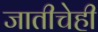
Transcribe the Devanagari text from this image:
जातीचेही